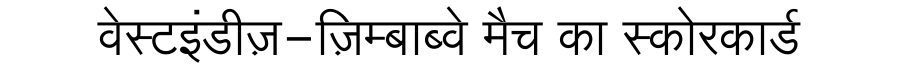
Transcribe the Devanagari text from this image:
वेस्टइंडीज़-ज़िम्बाब्वे मैच का स्कोरकार्ड